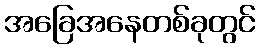
အခြေအနေတစ်ခုတွင်